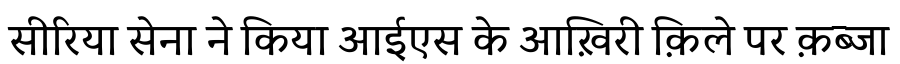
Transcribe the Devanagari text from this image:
सीरिया सेना ने किया आईएस के आख़िरी क़िले पर क़ब्जा